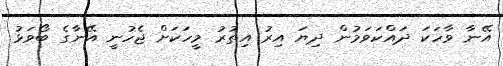
އޭނާ ވާހަކަ ދައްކަވަމުން ދިޔަ އިރު އިތުރު މީހަކަށް ޖެހުނީ އޭނާގެ ބޯވަޅު